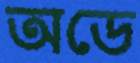
অডে